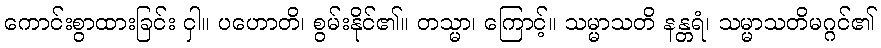
ကောင်းစွာထားခြင်း ငှါ။ ပဟောတိ၊ စွမ်းနိုင်၏။ တသ္မာ၊ ကြောင့်။ သမ္မာသတိ နန္တရံ၊ သမ္မာသတိမဂ္ဂင်၏